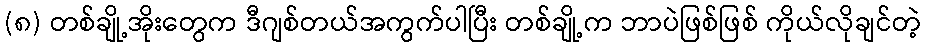
(၈) တစ်ချို့အိုးတွေက ဒီဂျစ်တယ်အကွက်ပါပြီး တစ်ချို့က ဘာပဲဖြစ်ဖြစ် ကိုယ်လိုချင်တဲ့